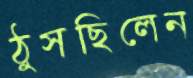
ঠুসছিলেন